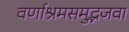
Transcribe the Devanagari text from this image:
वर्णाश्रमसमुद्भजवा